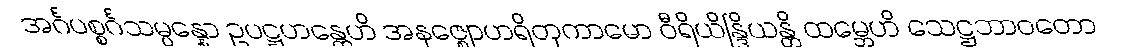
အင်္ဂပစ္စင်္ဂသမ္ပန္နော ဥပဋ္ဌဟန္တေဟိ အနဇ္ဈောဟရိတုကာမော ဝီရိယိန္ဒြိယန္တိ ထမ္ဘေဟိ သေဋ္ဌဘာဝတော